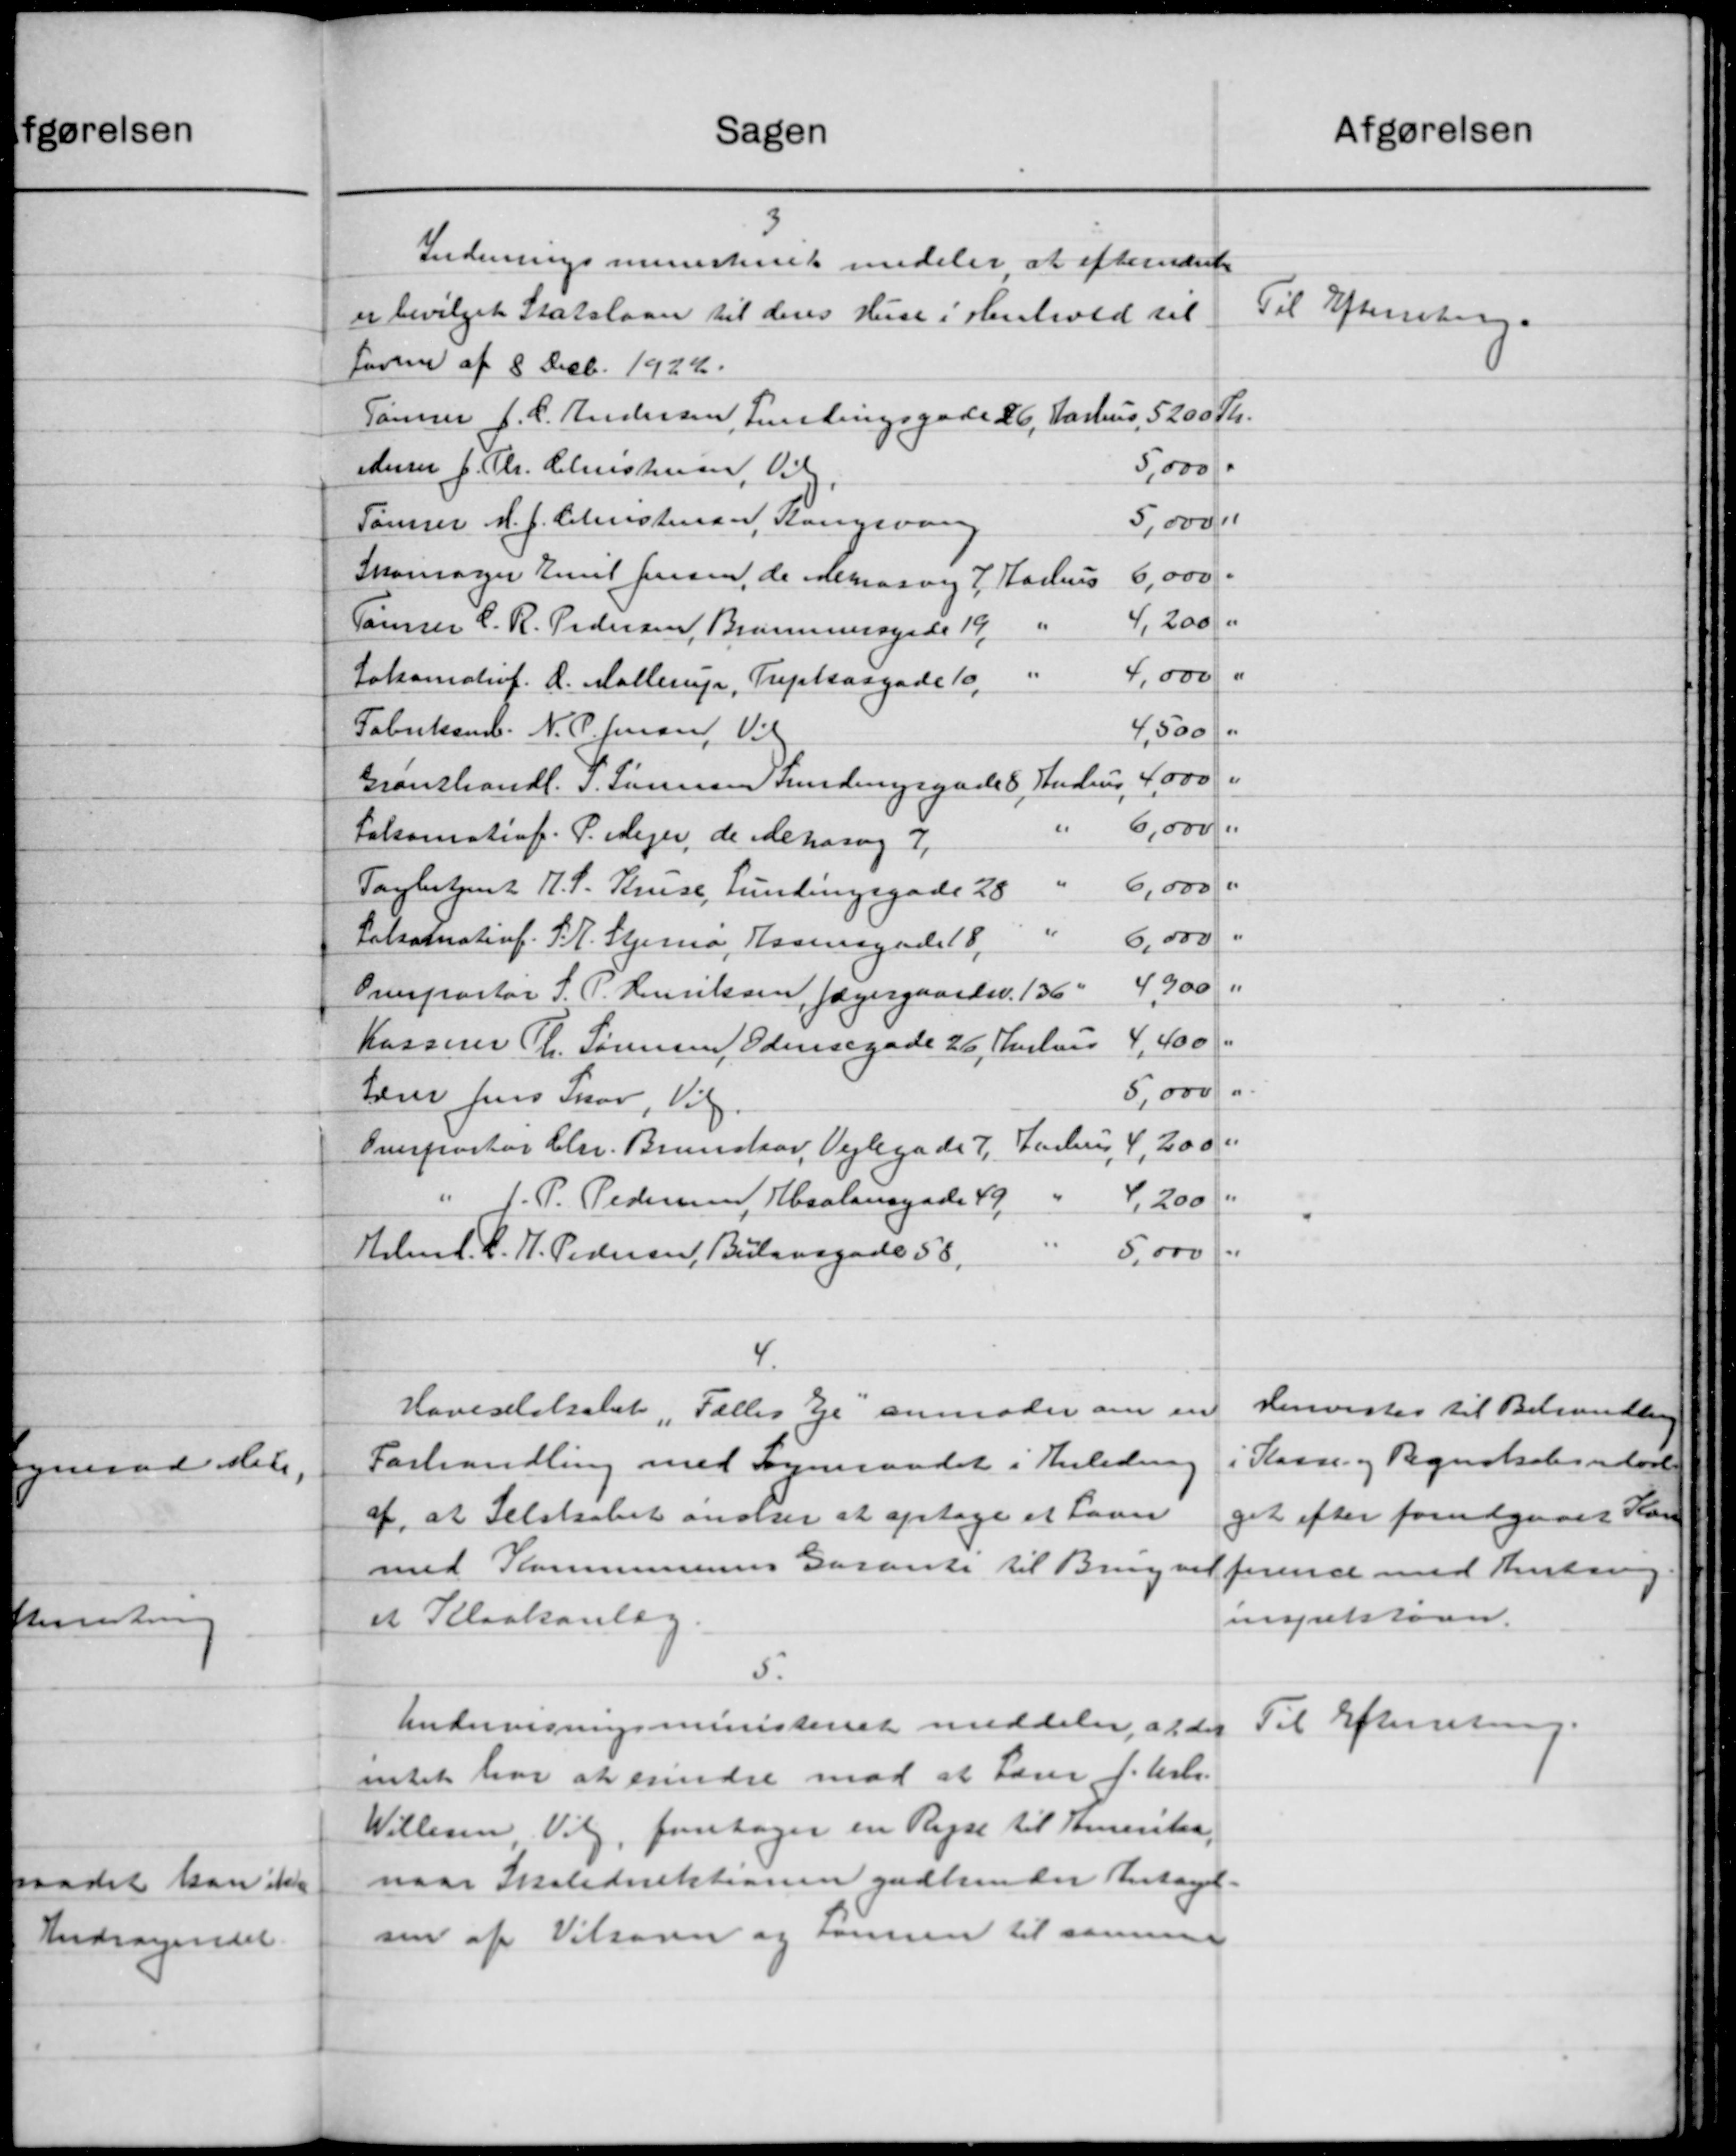
Transskription:
afgørelsen
Sagen
Indenrigsministeriet medeler at efterrænte
er bevilget Statslaan til deres Huse i Henhold til
Til Efterretning.
favne af 8 Decb. 1922.
Tømrer J. C. Andersen, Samlingsgade 26, Aarhus, 5200 Kr.
5,000
Anrer J. Th. Christensen, Vil
Tømrer H. J. Christensen, Kongevang
5,000
Skomager Emil Jensen, de Merrasvej 7 Aarhus
6,000.
4,200 "
"
Tømrer C. R. Pedersen, Brammersgade 19
"
4,000
Jokanalef. A. Møllerup, Tuplaagade 10,
Fabrikant N. P. Jensen, Vil
4,500
"
1000
"
Grandhandl. S. Sørensen Lundergade 8. Andrup,
"
6,000.
Fakamatiof. P. Mejer, de ekssag 7,
6,000 "
Tagbetjent H. P. Kruse, Lundingsgade 28
-
6,000
Patsanatiof. P. K. Stjera, Rasmagade 18,
"
4900
Overportør S. P. Henriksen, Jægergaardsv. 136.
4,400 "
Kasserer Th. Sørensen, Odensegade 26, Aarhus
"
5,000
Lærer Jens Skov, Vil
200 "
Overportør Chr. Brunskov, Vejlegade 7, Julius, 4,
" J. P. Pedersen, Kbsalonsgade 49,
1
4,200
Helml. C. H. Pedersen, Bulavegade 58,
5,000
4.
Henvistes til Behandling
Haveselskabet, Fælles Ee anmoder om en
Kasse- og Regnskabsudval
Forhandling med Sogneraadet i Anledning
get efter forudgaaet Kas
af, at Selskabet ønsker at optage et Laan
med Kommunens Garante til Brug ved
førende med Autring
mentstøren.
et Kloakanlæg.
5.
Undervisningsministeriet meddeler, at der
Til Efterretning.
intet har at erindre mod at Lærer f. Ars.
Willesen, Vilg, foretager en Rejse til Tomentar,
naar Skoledirektionen godkender Antagel-
sen af Vilsagn og tensen til samme